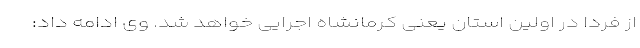
از فردا در اولین استان یعنی کرمانشاه اجرایی خواهد شد. وی ادامه داد: